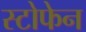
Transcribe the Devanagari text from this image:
स्टोफेन